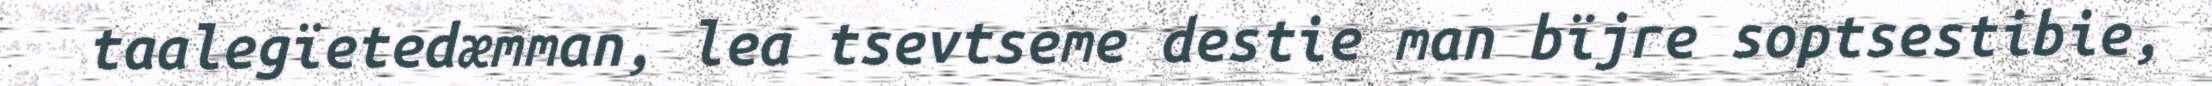
taalegïetedæmman, lea tsevtseme destie man bïjre soptsestibie,